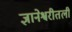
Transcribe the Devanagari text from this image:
ज्ञानेश्वरीतली